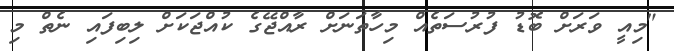
"މިއީ ވަރަށް ބޮޑު ފުރުސަތެއް މިހާތަނަށް ރާއްޖޭގެ ކުއްޖަކަށް ލިބިފައި ނެތް މި